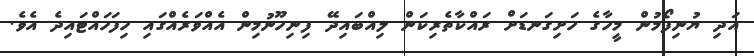
އަދި ޔުނިފޯމުން މީހާގެ ހަށިގަނޑަށް ރައްކާތެރިކަން ލިއްބައިދޭ ފިނިހޫނުމިން އެއްވަރެއްގައި ހިފަހައްޓައިދެ އެވެ.